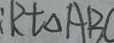
: R t \Delta A B C